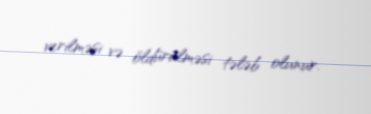
verilməsi və öldürülməsi tələb olunur.